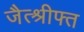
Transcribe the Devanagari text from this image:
जैत्श्रीफ्त